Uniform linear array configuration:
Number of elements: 64
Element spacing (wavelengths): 0.25
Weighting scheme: binomial
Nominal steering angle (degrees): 15
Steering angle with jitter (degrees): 14.118
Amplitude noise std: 0.05
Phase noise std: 0.05

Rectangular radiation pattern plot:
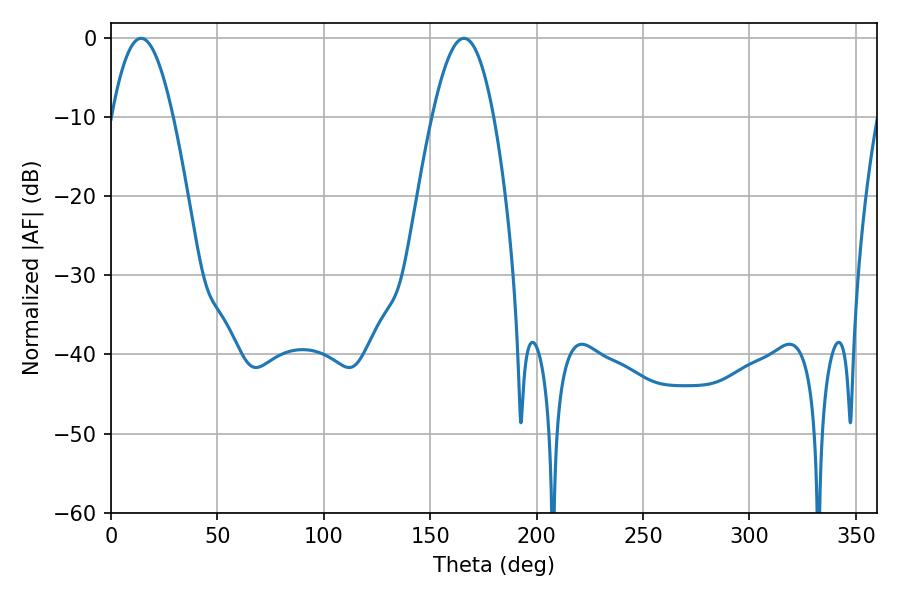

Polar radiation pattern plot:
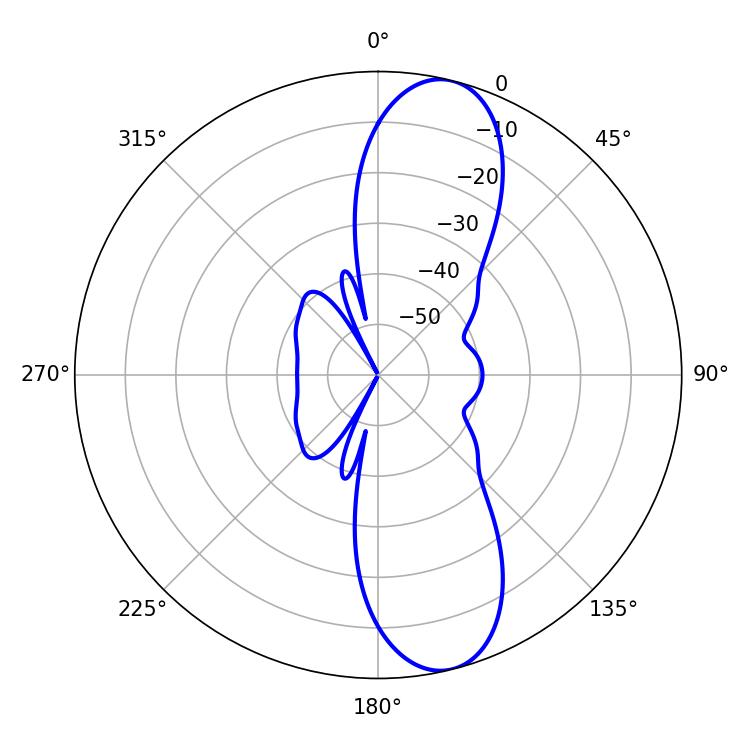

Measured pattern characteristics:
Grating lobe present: FALSE
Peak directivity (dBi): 11.322
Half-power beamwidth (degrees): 15.66
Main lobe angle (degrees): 14.22